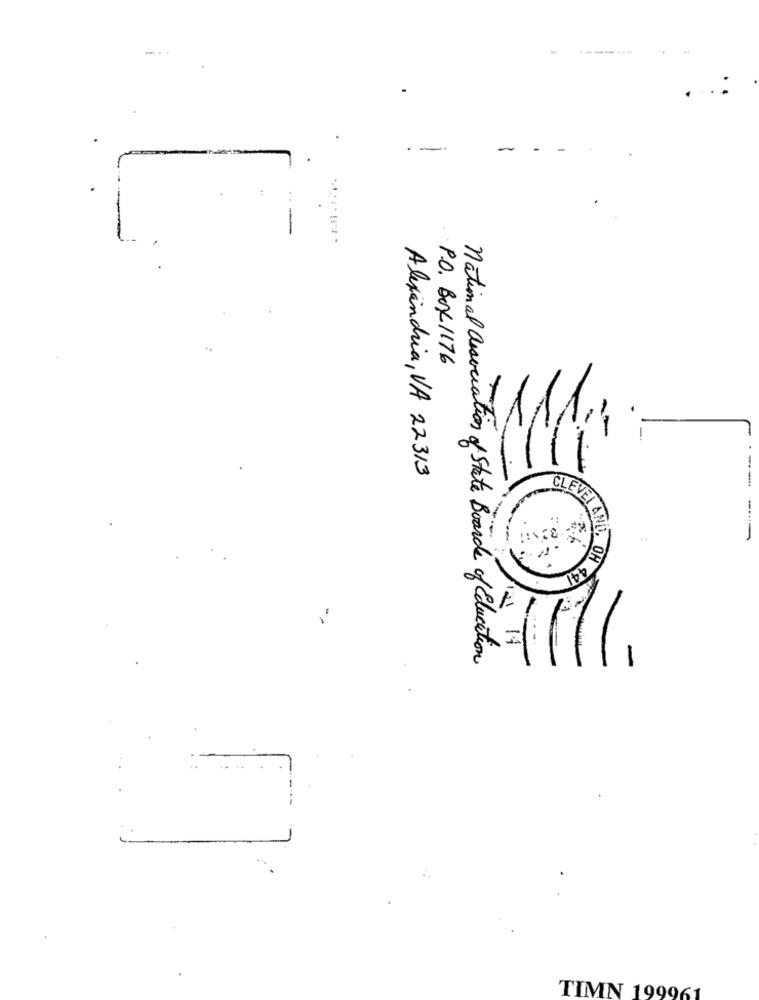
-
-
-
-
P.O. BOX 1176
-
Alexandria, VA 22313
CLEVEL AN
--...
OH 44
national association of State Board of Education
-
TIMN 199961